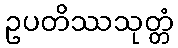
ဥပတိဿသုတ္တံ